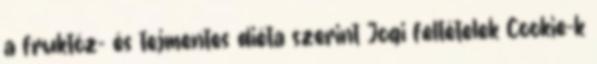
a fruktóz- és tejmentes diéta szerint Jogi feltételek Cookie-k